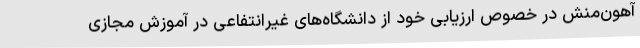
آهون‌منش در خصوص ارزیابی خود از دانشگاه‌های غیرانتفاعی در آموزش مجازی